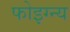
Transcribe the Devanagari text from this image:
फोइग्न्य